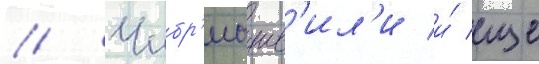
// Чибр'иашв'ил'и и́ еще